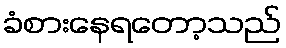
ခံစားနေရတော့သည်